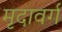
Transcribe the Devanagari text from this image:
मृदावर्ग